Lunatic asylums United Provinces 1899-1908 - 1899-1908
Year: 1899
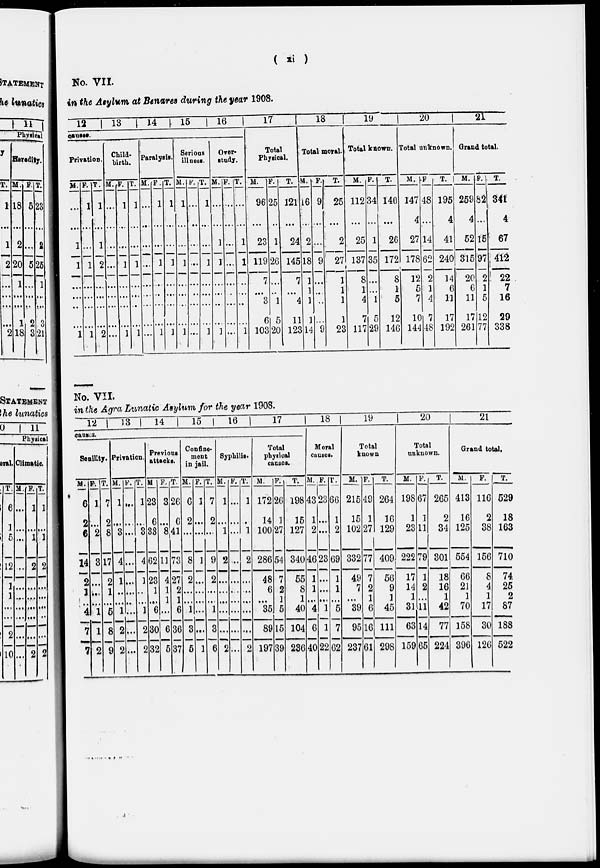
(
xi
)
No. VII.
in the Asylum at Benares during the year 1908.
12
13
14
15
16
causes.
Privation.
M.
…
…
1
1
…
…
…
…
1
F.
1
…
…
1
…
…
…
…
1
T.
1
…
1
2
…
…
…
…
2
Child-
birth.
M.
…
…
…
…
…
…
…
…
…
F.
1
…
…
1
…
…
…
…
1
T.
1
…
…
1
…
…
…
…
1
Paralysis.
M.
…
…
…
…
…
…
…
…
…
F.
1
…
…
1
…
…
…
…
1
T.
1
…
…
1
…
…
…
…
1
Serious
illness.
M.
1
…
…
1
…
…
…
…
1
F.
…
…
…
…
…
…
…
…
…
T.
1
…
…
1
…
…
…
…
1
Over-
study.
M.
…
…
1
1
…
…
…
…
1
F.
…
…
…
…
…
…
…
…
…
T.
…
…
1
1
…
…
…
…
1
17
Total
Physical.
M.
96
…
23
119
7
…
3
6
103
F.
25
…
1
26
…
…
1
5
20
T.
121
…
24
145
7
…
4
11
123
18
Total moral.
M.
16
…
2
18
1
1
1
1
14
F.
9
…
…
9
…
…
…
…
9
T.
25
…
2
27
1
1
1
1
23
19
Total known.
M.
112
…
25
137
8
1
4
7
117
F.
34
…
1
35
…
...
1
5
29
T.
146
…
26
172
8
1
5
12
146
20
Total unknown.
M.
147
4
27
178
12
5
7
10
144
F.
48
…
14
62
2
1
4
7
48
T.
195
4
41
240
14
6
11
17
192
21
Grand total.
M.
259
4
52
315
20
6
11
17
261
F.
82
…
15
97
2
1
5
12
77
T.
341
4
67
412
22
7
16
29
338
No. VII.
in the Aga Lunatic Asylum, for the year 1908.
12
13 14
15
16
17
causes.
Senility.
M.
6
2
6
14
2
1
…
4
7
7
F.
1
…
2
3
…
…
…
1
1
2
T.
7
2
8
17
2
1
…
5
8
9
Privation.
M.
1
…
3
4
1
…
…
1
2
2
F.
…
…
…
…
…
…
…
…
…
…
T.
1
…
3
4
1
…
…
1
2
2
Previous
attacks.
M.
23
6
33
62
23
1
…
6
30
32
F.
3
…
8
11
4
1
1
…
6
5
T.
26
6
41
73
27
2
1
6
36
37
Confine-
ment
in jail.
M.
6
2
…
8
2
…
…
1
3
6
F.
1
…
…
1
…
…
…
…
…
1
T.
7
2
…
9
2
…
…
1
3
6
Syphilis.
M.
1
…
1
2
…
…
…
…
…
2
F.
…
…
…
…
…
…
…
…
…
…
T.
1
…
1
2
…
…
…
…
…
2
Total
physical
causes.
M.
172
14
100
286
48
6
…
35
89
197
F.
26
1
27
54
7
2
1
5
15
39
T.
198
15
127
340
55
8
1
40
104
236
18
Moral
causes.
M.
43
1
2
46
1
1
…
4
6
40
F.
23
…
…
23
…
…
…
1
1
22
T.
66
1
2
69
1
1
…
5
7
62
19
Total
known
M.
215
15
102
332
49
7
…
39
95
237
F.
49
1
27
77
7
2
1
6
16
61
T.
264
16
129
409
56
9
1
45
111
298
20
Total
unknown.
M.
198
1
23
222
17
14
1
31
63
159
F.
67
1
11
79
1
2
…
11
14
65
T.
265
2
34
301
18
16
1
42
77
224
21
Grand total.
M.
413
16
125
554
66
21
1
70
158
396
F.
116
2
38
156
8
4
1
17
30
126
T.
529
18
163
710
74
25
2
87
188
522